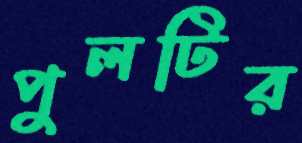
পুলটির